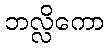
ဘလ္လိကော